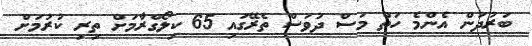
ބަރުދަން އެންމެ ހަތް މަސް ދުވަސް ތެރޭގައި 65 ކިލޯގްރާމަށް ތިރި ކުރުމަށް